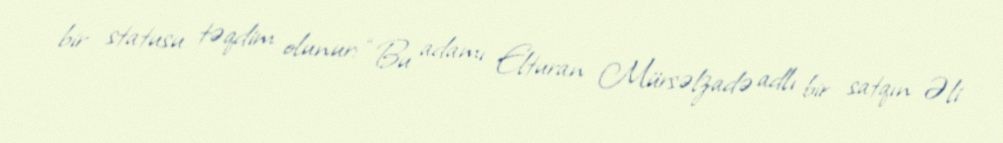
bir statusu təqdim olunur: “Bu adamı Elturan Mürsəlzadə adlı bir satqın Əli